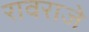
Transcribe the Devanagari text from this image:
रावराजे